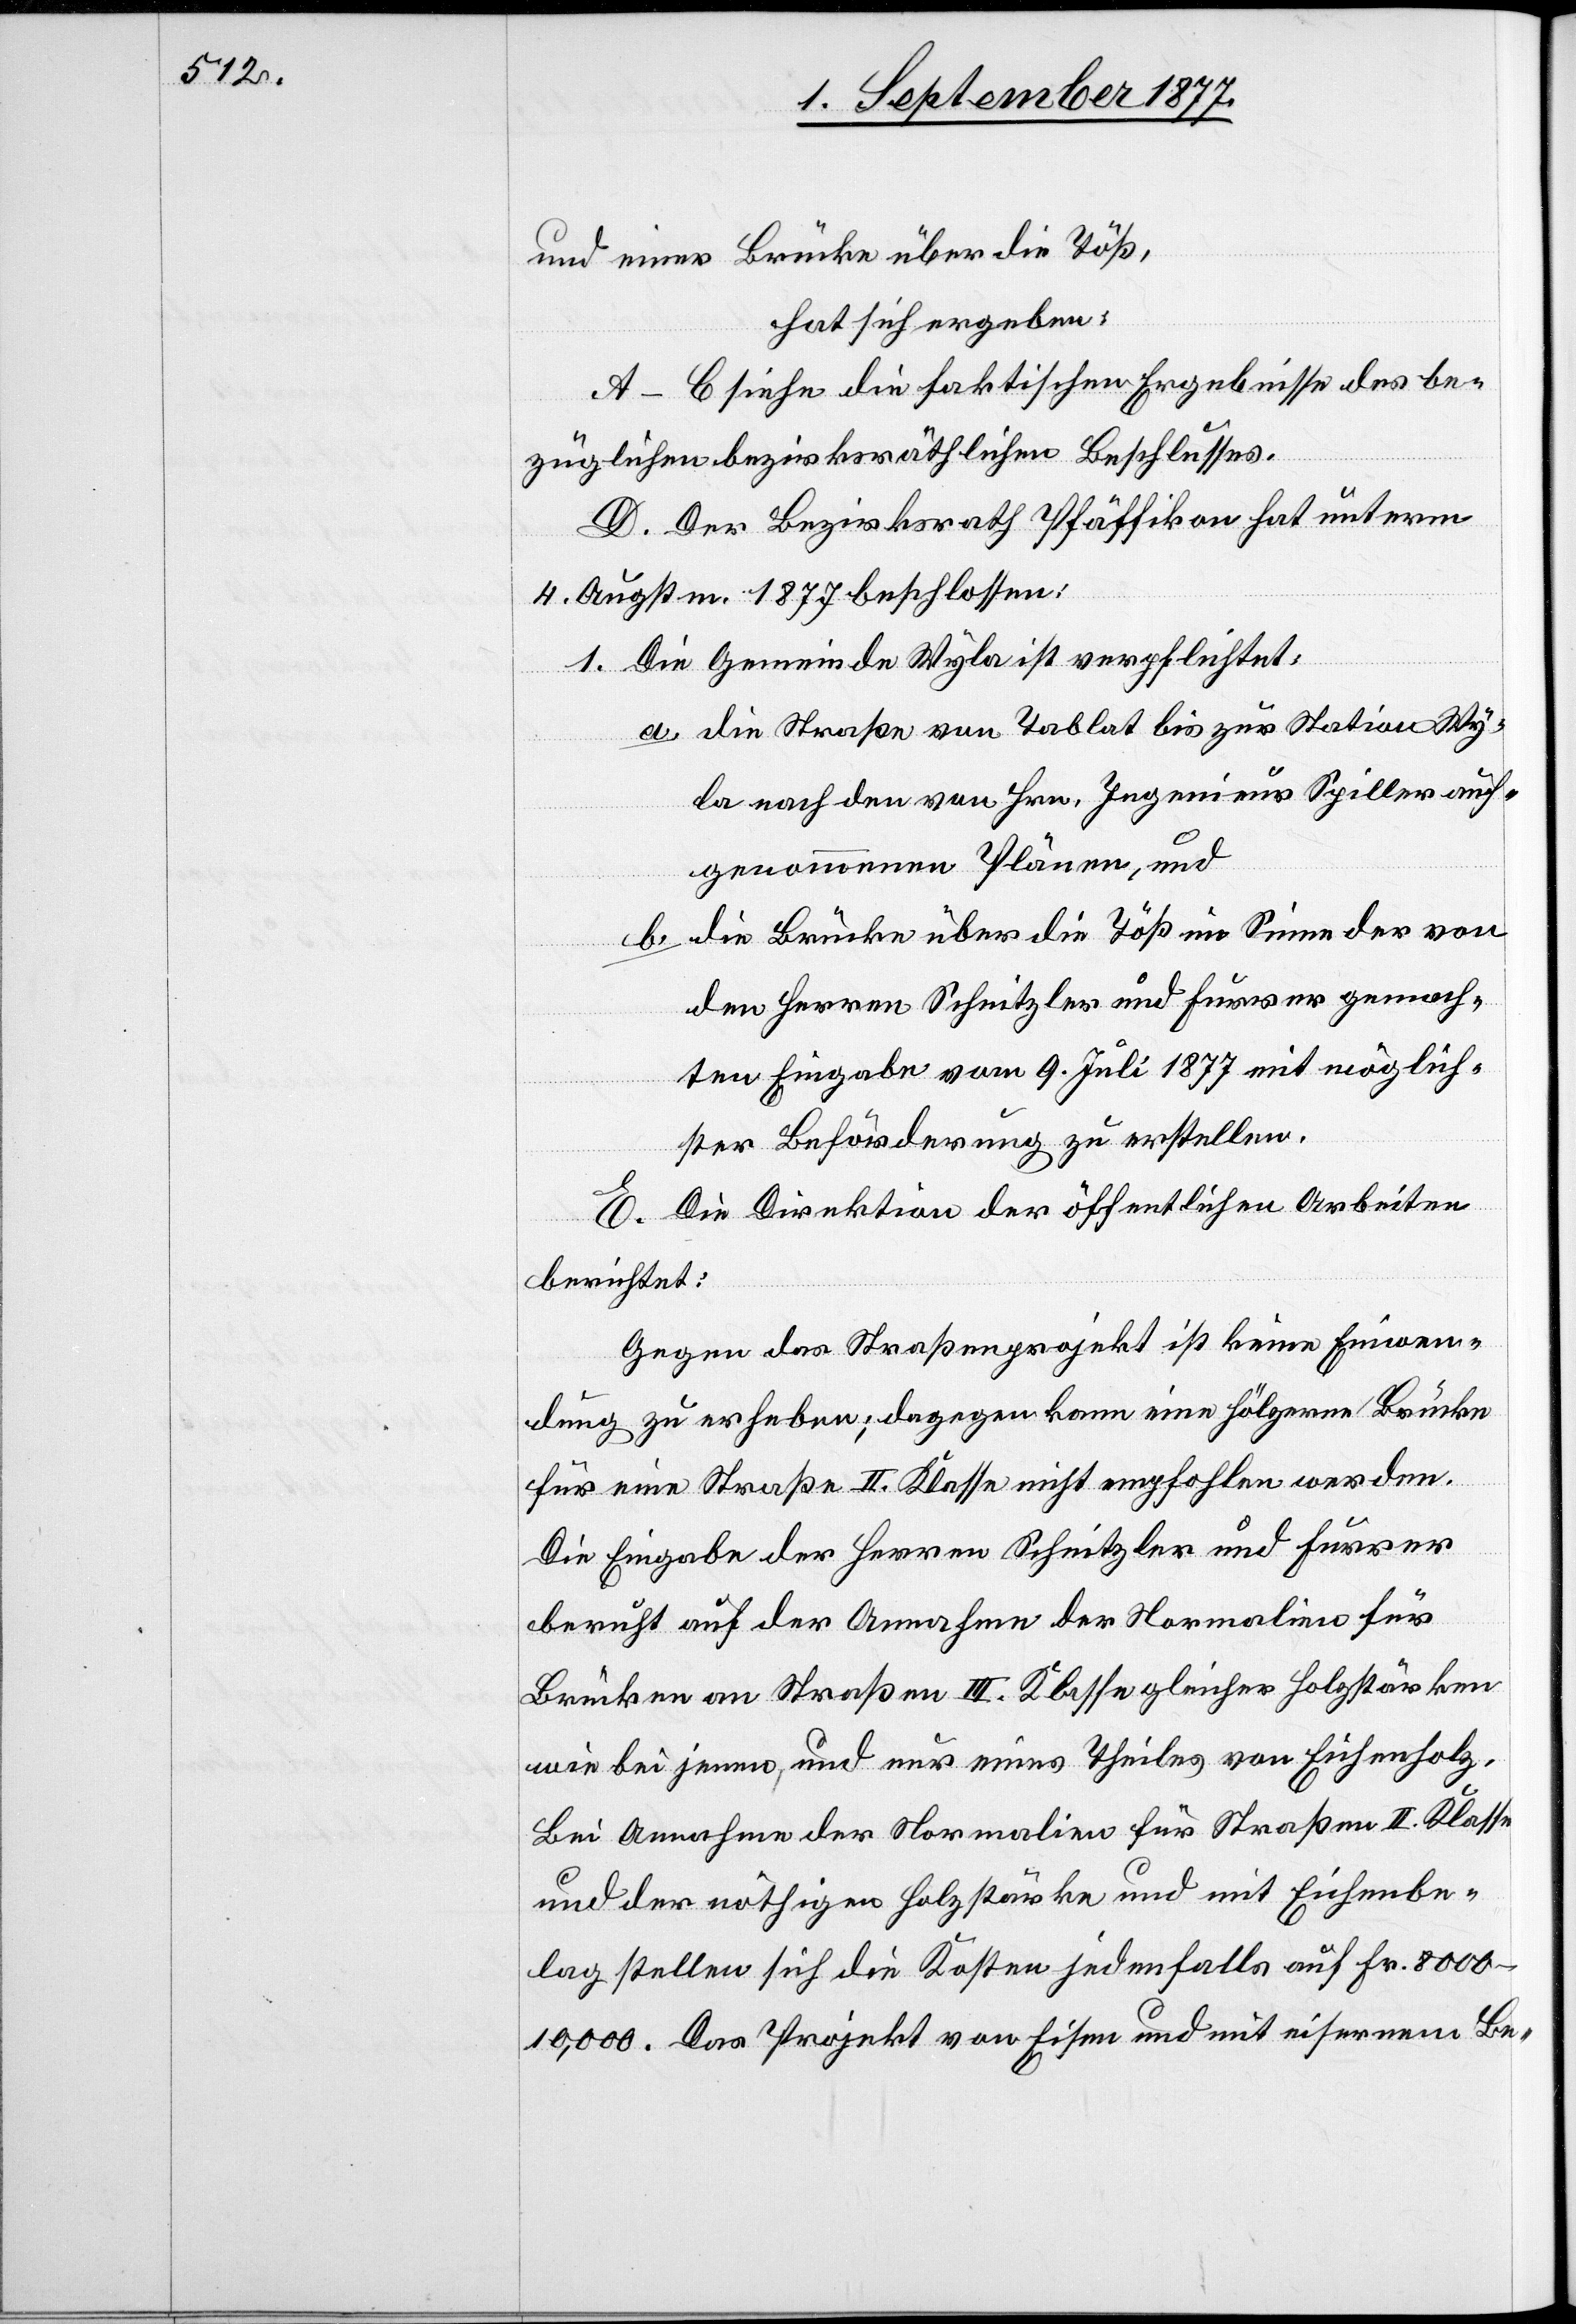
und einer Brücke über die Töß,
hat sich ergeben:
A–C siehe die faktischen Ergebnisse des be¬
züglichen bezirksräthlichen Beschlusses.
D. Der Bezirksrath Pfäffikon hat unterm
4. Augstm. 1877 beschlossen:
Die Gemeinde Wyla ist verpflichtet:
die Straße von Tablat bis zur Station Wy¬
la nach den von Hrn. Ingenieur Spiller auf¬
genommenen Plänen, und
die Brücke über die Töß im Sinne der von
b.
den Herren Schnitzler und Furrer gemach¬
ten Eingabe vom 9. Juli 1877 mit möglich¬
ster Beförderung zu erstellen.
E. Die Direktion der öffentlichen Arbeiten
berichtet:
Gegen das Straßenprojekt ist keine Einwen¬
dung zu erheben; dagegen kann eine hölzerne Brücke
mit
für eine Straße II. Klasse nicht empfohlen werden.
Die Eingabe der Herren Schnitzler und Furrer
beruht auf der Annahme der Normalien für
Brücken an Straßen III. Klasse gleicher Holzstärken
wie bei jenen, und nur eines Theiles von Eichenholz.
Bei Annahme der Normalien für Straßen II. Klasse
und der nöthigen Holzstärke und mit Eichenbe¬
lag stellen sich die Kosten jedenfalls auf Fr. 8000–10,000.